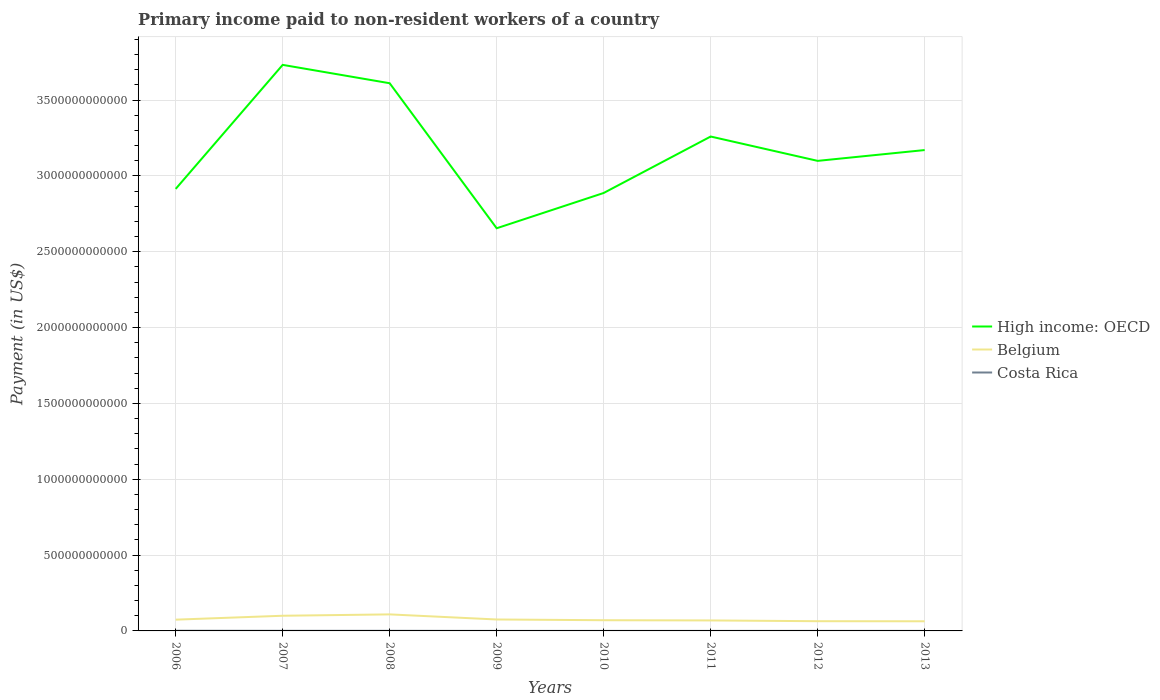
| Years | High income: OECD | Belgium | Costa Rica |
 | --- | --- | --- | --- |
 | 2006 | 2.91e+12 | 7.43e+10 | 1.14e+09 |
 | 2007 | 3.73e+12 | 1e+11 | 7.08e+08 |
 | 2008 | 3.61e+12 | 1.09e+11 | 6.97e+08 |
 | 2009 | 2.66e+12 | 7.54e+10 | 1.96e+08 |
 | 2010 | 2.89e+12 | 7.06e+10 | 1.77e+08 |
 | 2011 | 3.26e+12 | 6.92e+10 | 2.45e+08 |
 | 2012 | 3.1e+12 | 6.41e+10 | 2.92e+08 |
 | 2013 | 3.17e+12 | 6.36e+10 | 2.24e+08 |